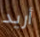
أريد